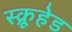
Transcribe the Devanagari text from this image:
स्क्रूहेड